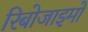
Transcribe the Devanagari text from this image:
रिबोजाइमों